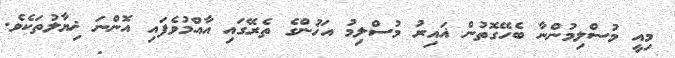
މިއީ މުސްލިމުންނާ ބެހޭގޮތުން ޣައިރު މުސްލިމު އަޚުންގެ ތެރޭގައި އާއްމުވެފައި އޮންނަ ޚިޔާލުތަކެވެ.